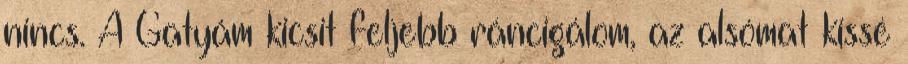
nincs. A Gatyám kicsit feljebb ráncigálom, az alsómat kissé